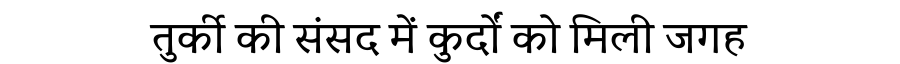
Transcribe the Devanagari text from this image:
तुर्की की संसद में कुर्दों को मिली जगह